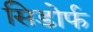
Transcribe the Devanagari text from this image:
सिडोर्फ